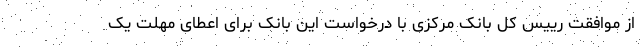
از موافقت رییس کل بانک مرکزی با درخواست این بانک برای اعطای مهلت یک